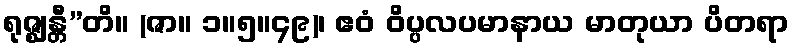
ရုဇ္ဈန္တီ”တိ။ (ဇာ။ ၁။၅။၄၉)၊ ဧဝံ ဝိပ္ပလပမာနာယ မာတုယာ ပိတရာ